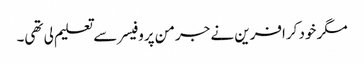
مگر خود کرافرین نے جرمن پروفیسر سے تعلیم لی تھی۔